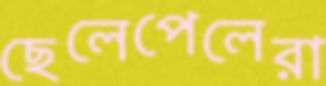
ছেলেপেলেরা